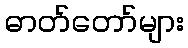
ဓာတ်တော်များ